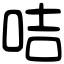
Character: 咭